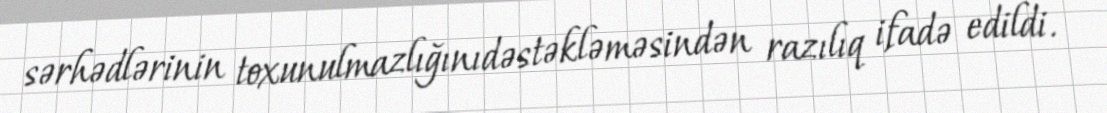
sərhədlərinin toxunulmazlığınıdəstəkləməsindən razılıq ifadə edildi.